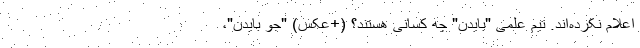
اعلام نکرده‌اند. تیم علمی "بایدن" چه کسانی هستند؟ (+عکس) "جو بایدن"،